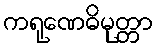
ကရုဏေဓိမုတ္တာ